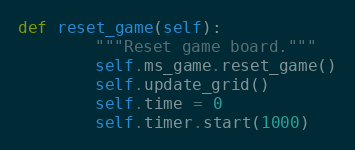
Language: Python
def reset_game(self):
        """Reset game board."""
        self.ms_game.reset_game()
        self.update_grid()
        self.time = 0
        self.timer.start(1000)